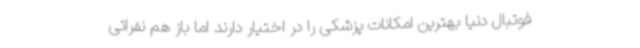
فوتبال دنیا بهترین امکانات پزشکی را در اختیار دارند اما باز هم نفراتی